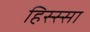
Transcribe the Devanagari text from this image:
हिस्स्सा